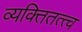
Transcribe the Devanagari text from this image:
व्यक्तितत्त्व